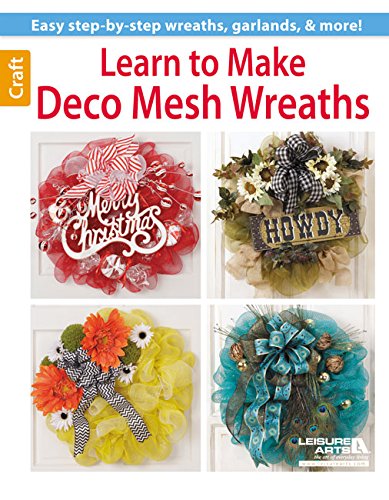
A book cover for Learn to Make Deco Mesh Wreaths; Leisure Arts; Crafts, Hobbies & Home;